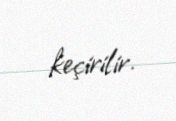
keçirilir.